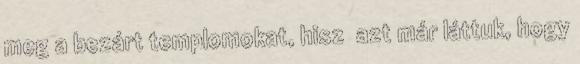
meg a bezárt templomokat, hisz azt már láttuk, hogy